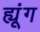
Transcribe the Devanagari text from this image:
ह्यूंग